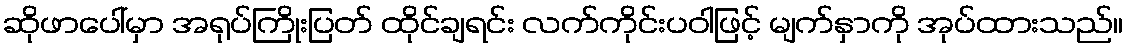
ဆိုဖာပေါ်မှာ အရုပ်ကြိုးပြတ် ထိုင်ချရင်း လက်ကိုင်းပဝါဖြင့် မျက်နှာကို အုပ်ထားသည်။